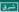
شرق